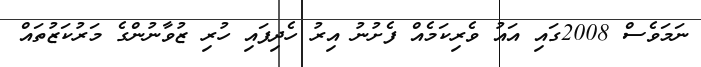
ނަމަވެސް 2008ގައި އައު ވެރިކަމެއް ފެށުނު އިރު ހެދިފައި ހުރި ޒުވާނުންގެ މަރުކަޒުތައް